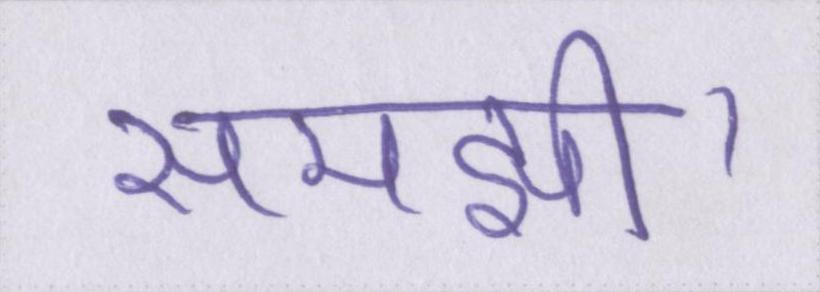
समझी।